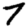
Digit: 7